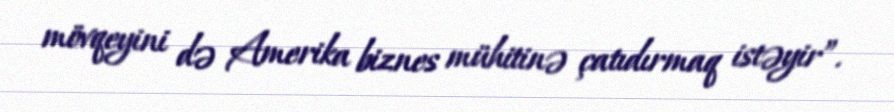
mövqeyini də Amerika biznes mühitinə çatıdırmaq istəyir”.